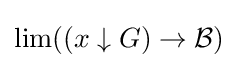
\lim({(x\downarrow G)\to {\mathcal {B}}})